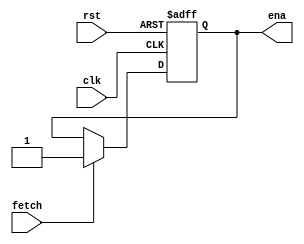
module fsm_ctrl (
    input       clk,
    input       rst,
    input       fetch,
    output reg  ena
);

always @(posedge clk or posedge rst) begin
    if (rst) begin
        ena <= 1'b0;
    end
    else begin
        if (fetch) begin
            ena <= 1'b1;
        end
    end
end
    
endmodule